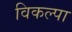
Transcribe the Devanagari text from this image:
विकल्पा